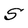
Character: S